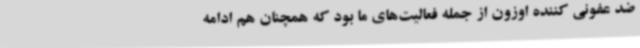
ضد عفونی کننده اوزون از جمله فعالیت‌های ما بود که همچنان هم ادامه